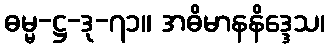
ဓမ္မ-ဋ္ဌ-ဒု-၇၁။ အဓိမာနနိဒ္ဒေသ၊